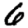
Digit: 6